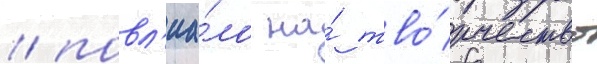
/ повл'иа́ло на́ тво́рчество